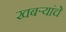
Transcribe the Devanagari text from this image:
खबऱ्यांचे